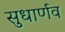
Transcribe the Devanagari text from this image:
सुधार्णव